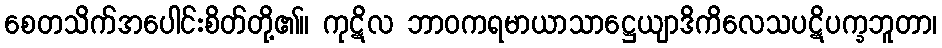
စေတသိက်အပေါင်းစိတ်တို့၏။ ကုဋိလ ဘာဝကရမာယာသာဋ္ဌေယျာဒိကိလေသပဋိပက္ခဘူတာ၊